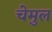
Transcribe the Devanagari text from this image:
चेमुल